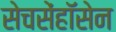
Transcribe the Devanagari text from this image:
सेचसेंहॉसेन